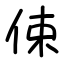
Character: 㑛